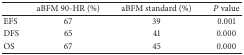
|  | aBFM 90-HR (%) | aBFM standard (%) | P value |
 | --- | --- | --- | --- |
 | EFS | 67 | 39 | 0.001 |
 | DFS | 65 | 41 | 0.000 |
 | OS | 67 | 45 | 0.000 |